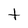
Character: t